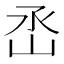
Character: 㞼